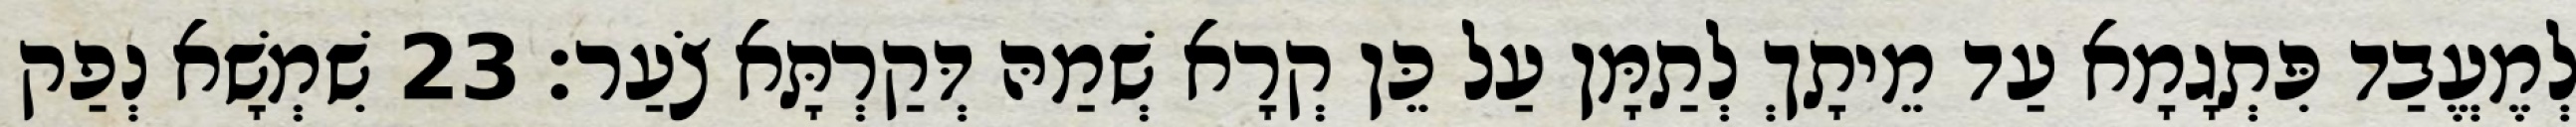
לְמֶעֱבַד פִּתְגָמָא עַד מֵיתָךְ לְתַמָּן עַל כֵּן קְרָא שְׁמַהּ דְּקַרְתָּא צֹעַר׃ 23 שִׁמְשָׁא נְפַק